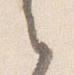
之